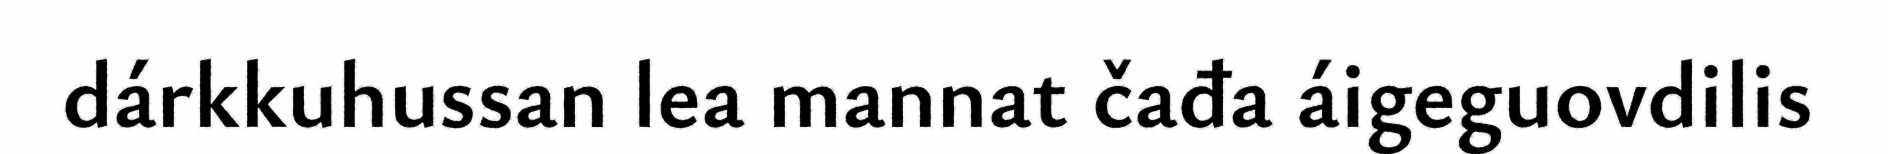
dárkkuhussan lea mannat čađa áigeguovdilis